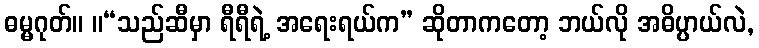
ဓမ္မဂုတ်။ ။“သည်ဆီမှာ ရီရီရဲ့ အရေးရယ်က” ဆိုတာကတော့ ဘယ်လို အဓိပ္ပာယ်လဲ,